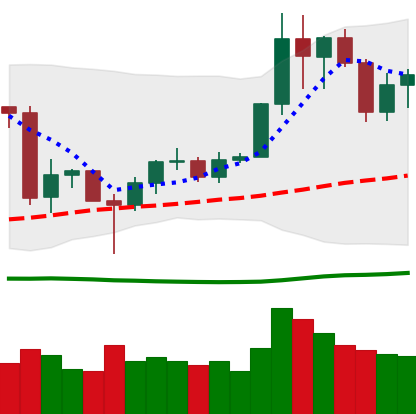
Ticker: LINK-USD
Chart end date: 2020-06-29
Forward return: 4.041%
Label: up_3_5